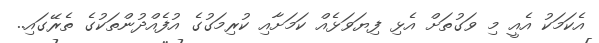
އެކަމަކު އެއީ މި ވަގުތަށް އެޅި ފިޔަވަޅެއް ކަމަށާއި ކުރިމަގުގެ އުފެއްދުންތަކުގެ ތެރޭގައި..